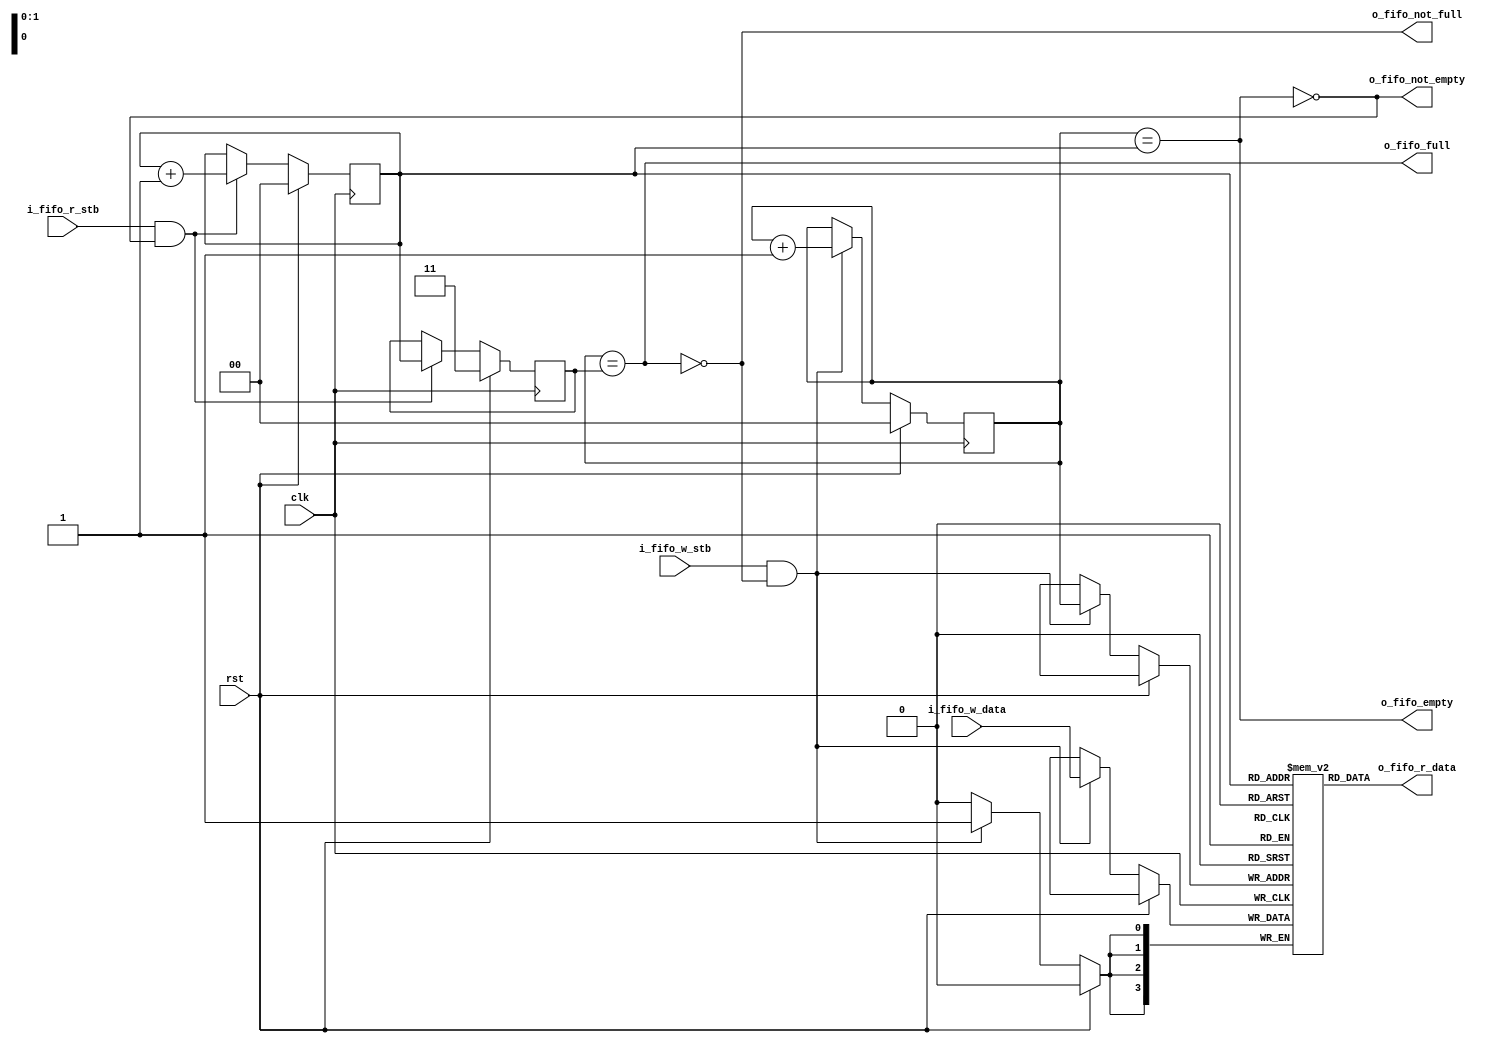
/**
 * Generic FIFO.
 *
 * Parameters:
 *  WIDTH: Width of the data on the FIFO, default to 4.
 *  DEPTH: Depth of the FIFO, default to 4. (MUST BE A POWER OF 2!)
 *
 * Input signals:
 *  clk: Clock input.
 *  i_fifo_w_data: Data input, width controlled with WIDTH parameter.
 *  i_fifo_w_stb: Enable writing into the FIFO.
 *  i_fifo_r_stb: Enable reading from the FIFO.
 *
 * Output signals:
 *  o_fifo_r_data: Data output, witdh controlled with WIDTH parameter.
 *  o_fifo_full: 1bit signal, indicate when the FIFO is full.
 *  o_fifo_empty: 1bit signal, indicate when the FIFO is empty.
 *  o_fifo_not_empty: 1bit signal, indicate when the FIFO is not empty.
 *  o_fifo_not_full: 1bit signal, indicate when the FIFO is not full.
 *
 * Changed:
 *    2021.08.09: Changed names to be inline with my workflow
 *    2021.08.10: Added checks to determine if the next read/write
 *                will be out of bound
 *    2021.08.10: Fixed write_ptr so that it correctly points to
 *                last position, previously this incorrectly pointed
 *                to the last and not the read_ptr last
 *    2021.08.10: Added a note that the DEPTH must be a power of 2
**/

`timescale 1ns / 1ps
`default_nettype none


module fifo #(
  parameter WIDTH = 4,
  parameter DEPTH = 4
)(
  input  wire                 clk,
  input  wire                 rst,

  input  wire                 i_fifo_w_stb,
  input  wire     [WIDTH-1:0] i_fifo_w_data,
  output wire                 o_fifo_full,
  output wire                 o_fifo_not_full,

  input  wire                 i_fifo_r_stb,
  output wire    [WIDTH-1:0]  o_fifo_r_data,
  output wire                 o_fifo_empty,
  output wire                 o_fifo_not_empty
);

//local parameters
//registes/wires

// memory will contain the FIFO data.
reg [WIDTH-1:0]         memory [0:DEPTH-1];
// $clog2(DEPTH+1)-2 to count from 0 to DEPTH
reg [$clog2(DEPTH)-1:0] write_ptr;
reg [$clog2(DEPTH)-1:0] read_ptr;
reg [$clog2(DEPTH)-1:0] r_read_ptr;

//submodules
//asynchronous logic
assign o_fifo_empty     = ( write_ptr == read_ptr);
assign o_fifo_full      = ( write_ptr == r_read_ptr);
//assign o_fifo_full      = ( (read_ptr == 0) ?
//                              write_ptr == (DEPTH - 1) :
//                              write_ptr == (read_ptr - 1));
assign o_fifo_not_empty = ~o_fifo_empty;
assign o_fifo_not_full  = ~o_fifo_full;

//initialization
initial begin
  // Init both write_cnt and read_cnt to 0
  write_ptr   = 0;
  read_ptr    = 0;
  r_read_ptr  = (DEPTH - 1);

  // Display error if WIDTH is 0 or less.
  if ( WIDTH <= 0 ) begin
      $error("%m ** Illegal condition **, you used %d WIDTH", WIDTH);
  end
  // Display error if DEPTH is 0 or less.
  if ( DEPTH <= 0) begin
      $error("%m ** Illegal condition **, you used %d DEPTH", DEPTH);
  end
end // end initial

//synchronous logic
assign o_fifo_r_data = memory[read_ptr];

always @ (posedge clk) begin
  if (rst) begin
  end
  else begin
    if ( i_fifo_w_stb && o_fifo_not_full) begin
      memory[write_ptr] <= i_fifo_w_data;
    end
  end
end

always @ ( posedge clk ) begin
  if (rst) begin
    write_ptr         <=  0;
    read_ptr          <=  0;
    r_read_ptr        <=  (DEPTH - 1);
  end
  else begin
    if ( i_fifo_w_stb && o_fifo_not_full) begin
      write_ptr     <= write_ptr + 1;
    end
    if ( i_fifo_r_stb && o_fifo_not_empty ) begin
      r_read_ptr    <= read_ptr;
      read_ptr      <= read_ptr + 1;
    end
  end
end

endmodule